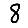
Digit: 8